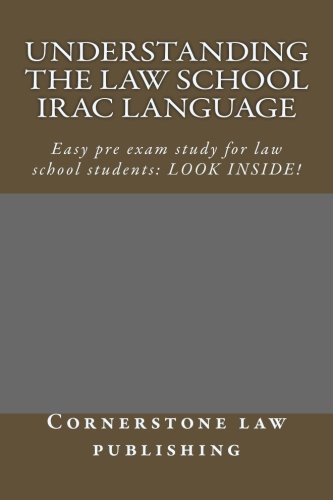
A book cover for Understanding The Law School IRAC Language: Easy pre exam study for law school students: LOOK INSIDE!; Cornerstone law publishing; Test Preparation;